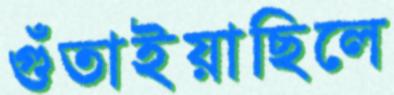
গুঁতাইয়াছিলে